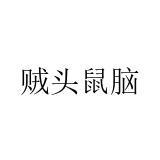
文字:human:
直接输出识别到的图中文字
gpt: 贼头鼠脑